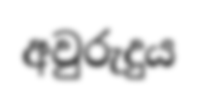
අවුරුදුය